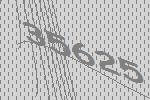
35625